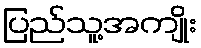
ပြည်သူ့အကျိုး